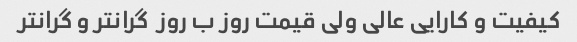
کیفیت و کارایی عالی ولی قیمت روز ب روز  گرانتر و گرانتر